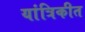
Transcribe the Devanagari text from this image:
यांत्रिकीत